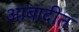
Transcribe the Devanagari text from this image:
आबादीत